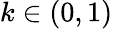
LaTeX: k\in(0,1)